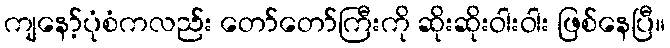
ကျနော့်ပုံစံကလည်း တော်တော်ကြီးကို ဆိုးဆိုးဝါးဝါး ဖြစ်နေပြီ။